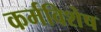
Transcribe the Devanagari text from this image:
कर्मविशेष